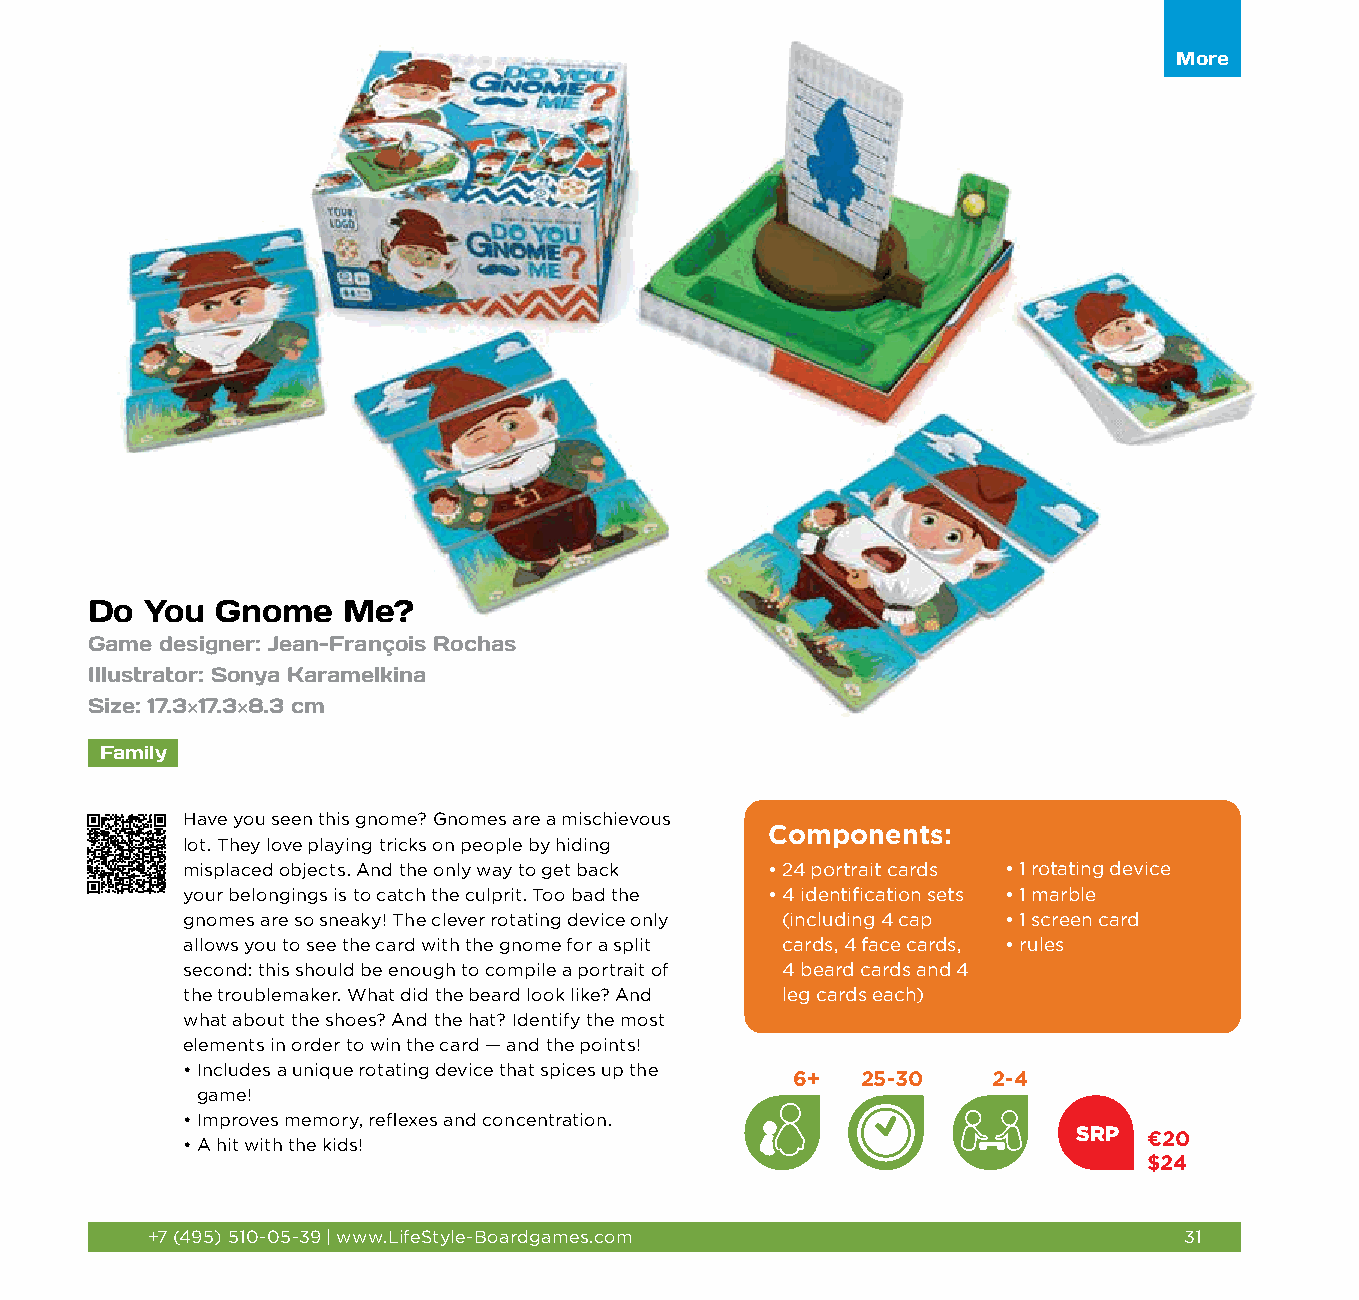
More
 Do  You Gnome    Me?
 Game designer: Jean-François Rochas
 Illustrator: Sonya Karamelkina
 Size: 17.3×17.3×8.3 cm
 Family
 Have you seen this gnome? Gnomes are a mischievous
 Components:
 lot. They love playing tricks on people by hiding
 misplaced objects. And the only way to get back • 2 4 portrait cards • 1 rotating device
 your belongings is to catch the culprit. Too bad the • 4 identification sets • 1 marble
 gnomes are so sneaky! The clever rotating device only (including 4 cap • 1 screen card
 allows you to see the card with the gnome for a split cards, 4 face cards, • r ules
 second: this should be enough to compile a portrait of 4 beard cards and 4
 the troublemaker. What did the beard look like? And leg cards each)
 what about the shoes? And the hat? Identify the most
 elements in order to win the card — and the points!
 • Includes a unique rotating device that spices up the
 6+   25-30    2-4
 game!
 • Improves memory, reflexes and concentration.
 SRP  €20
 • A hit with the kids!
 $24
 +7 (495) 510-05-39 | www.LifeStyle-Boardgames.com                   31